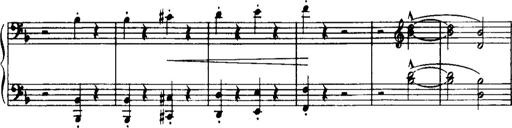
Title: Historische ungarische Bildnisse
Composer: Franz Liszt